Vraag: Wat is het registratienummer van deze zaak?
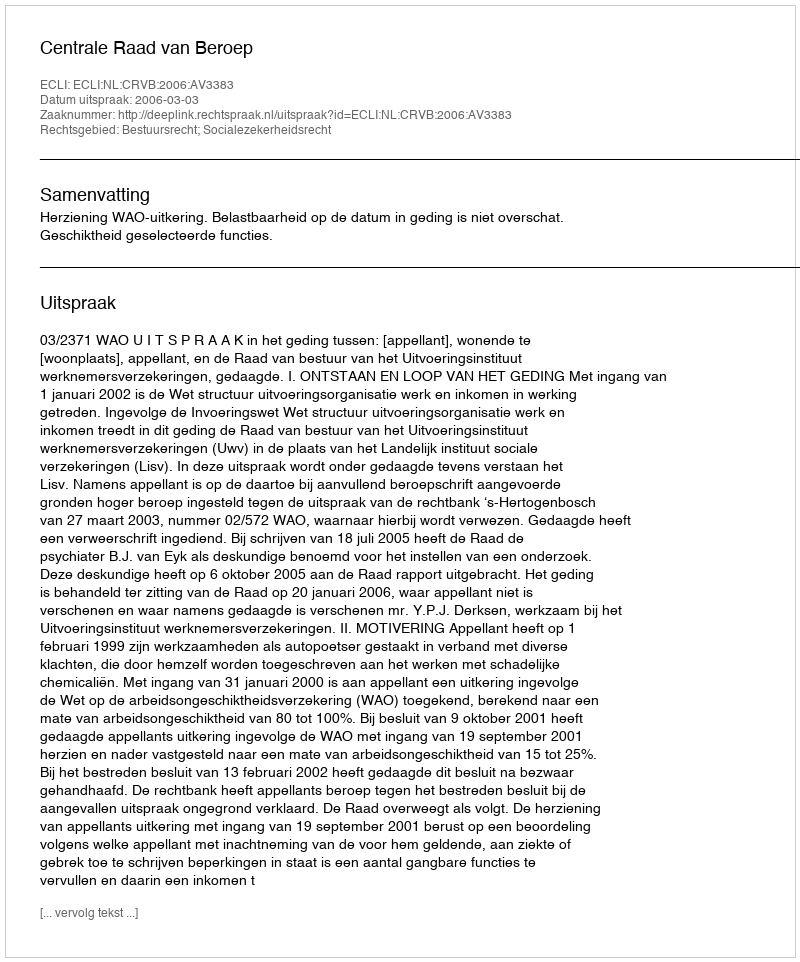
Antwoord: http://deeplink.rechtspraak.nl/uitspraak?id=ECLI:NL:CRVB:2006:AV3383